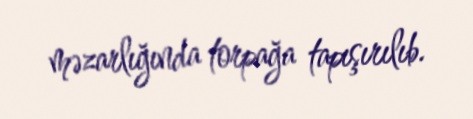
məzarlığında torpağa tapışırılıb.